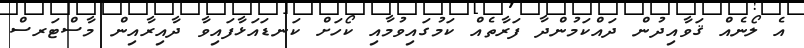
އެ ލޯނެއް ޤަވާއިދުން ދައްކަމުންދާ ފަރާތެއް ކަމުގައިވުމާއި ކޯހަށް ކަނޑައަޅާފައިވާ ދާއިރާއިން މާސްޓަރސް